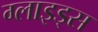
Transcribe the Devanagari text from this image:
ग्लाइड्स